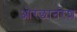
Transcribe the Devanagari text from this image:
ओरछानरेश